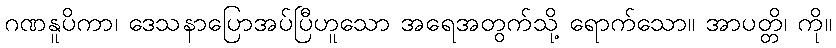
ဂဏနူပိကာ၊ ဒေသနာပြောအပ်ပြီဟူသော အရေအတွက်သို့ ရောက်သော။ အာပတ္တိ၊ ကို။